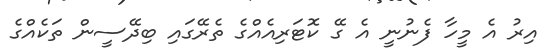
އިރު އެ މީހާ ފެނުނީ އެ ގޭ ކޮޓަރިއެއްގެ ތެރޭގައި ބިދޭސީން ތަކެއްގެ